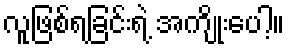
လူဖြစ်ရခြင်းရဲ့ အကျိုးပေါ့။